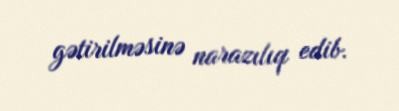
gətirilməsinə narazılıq edib.